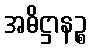
အဓိဋ္ဌာနဉ္စ